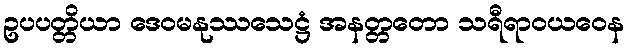
ဥပပတ္တိယာ ဒေဝမနုဿသေဋ္ဌံ အနတ္တတော သရီရာဝယဝေန